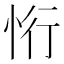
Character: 㤚